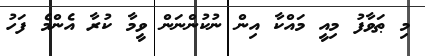
މި ޠަވާފު މިއީ މައްކާ އިން ނުކުންނަން ވީމާ ކުރާ އެންމެ ފަހު